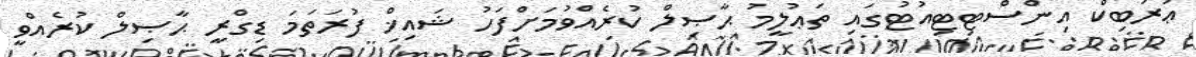
ޢަރަބިކް އިންސްޓިޓިއުޓުގައި ތަޢުލީމު ޙާޞިލް ކުރެއްވުމަށްފަހު ޝައިޚް ފުރަތަމަ ޑިގްރީ ޙާޞިލް ކުރެއްވީ